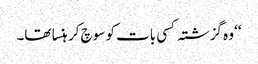
‘‘ وہ گزشتہ کسی بات کو سوچ کر ہنسا تھا۔